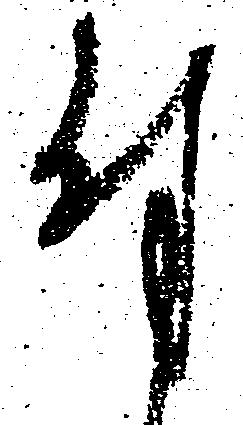
付